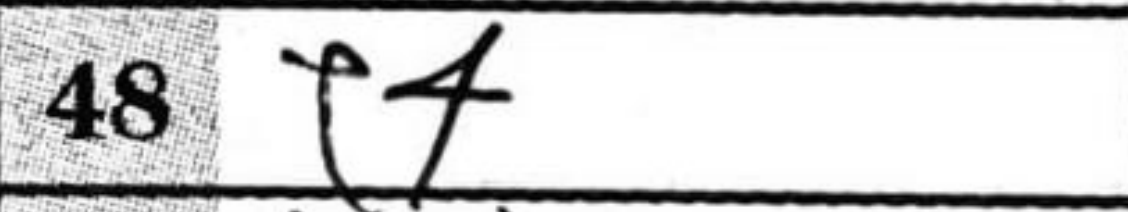
Transcription: e4